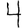
Digit: 4